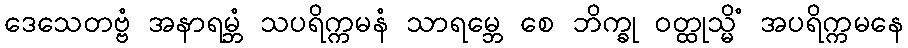
ဒေသေတဗ္ဗံ အနာရမ္ဘံ သပရိက္ကမနံ သာရမ္ဘေ စေ ဘိက္ခု ဝတ္ထုသ္မိံ အပရိက္ကမနေ